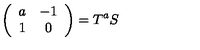
\left( \begin{array} { c c } { a } & { - 1 } \\ { 1 } & { 0 } \\ \end{array} \right) = T ^ { a } S